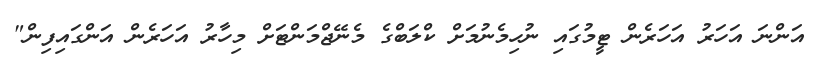
އަންނަ އަހަރު އަހަރެން ޓީމުގައި ނުހިމެނުމަށް ކްލަބްގެ މެނޭޖްމަންޓަށް މިހާރު އަހަރެން އަންގައިފިން"